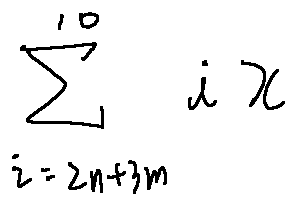
\sum \limits _ { i = 2 n + 3 m } ^ { 1 0 } i x